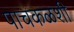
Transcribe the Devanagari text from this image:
पाचकळशी